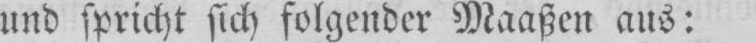
und spricht sich folgender Maaßen aus: